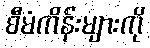
စီမံကိန်းများကို